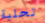
تحلية